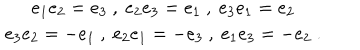
\begin{array} { c } { { e _ { 1 } e _ { 2 } = e _ { 3 } \ , \ e _ { 2 } e _ { 3 } = e _ { 1 } \ , \ e _ { 3 } e _ { 1 } = e _ { 2 } } } \\ { { e _ { 3 } e _ { 2 } = - e _ { 1 } \ , \ e _ { 2 } e _ { 1 } = - e _ { 3 } \ , \ e _ { 1 } e _ { 3 } = - e _ { 2 } \ . } } \\ \end{array}